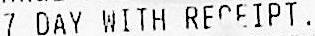
7 DAY WITH RECEIPT.